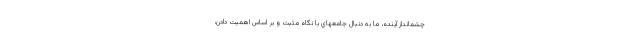
چشمانداز آينده، ما به دنبال جامعهاي با نگاه مثبت و بر اساس اهميت دادن،